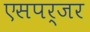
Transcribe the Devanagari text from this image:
एसपर्जर